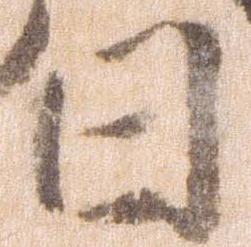
日